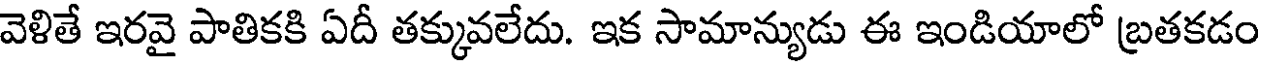
వెళితే ఇరవై పాతికకి ఏదీ తక్కువలేదు. ఇక సామాన్యుడు ఈ ఇండియాలో బ్రతకడం